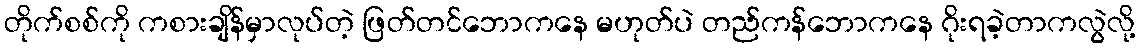
တိုက်စစ်ကို ကစားချိန်မှာလုပ်တဲ့ ဖြတ်တင်ဘောကနေ မဟုတ်ပဲ တည်ကန်ဘောကနေ ဂိုးရခဲ့တာကလွဲလို့